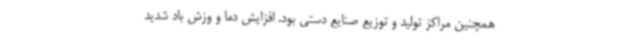
همچنین مراکز تولید و توزیع صنایع دستی بود. افزایش دما و وزش باد شدید